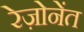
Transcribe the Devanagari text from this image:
रेज़ोनेंत